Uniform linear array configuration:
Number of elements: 16
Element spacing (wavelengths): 0.25
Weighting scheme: hann
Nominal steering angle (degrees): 0
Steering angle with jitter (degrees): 1.609
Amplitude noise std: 0.05
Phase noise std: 0.05

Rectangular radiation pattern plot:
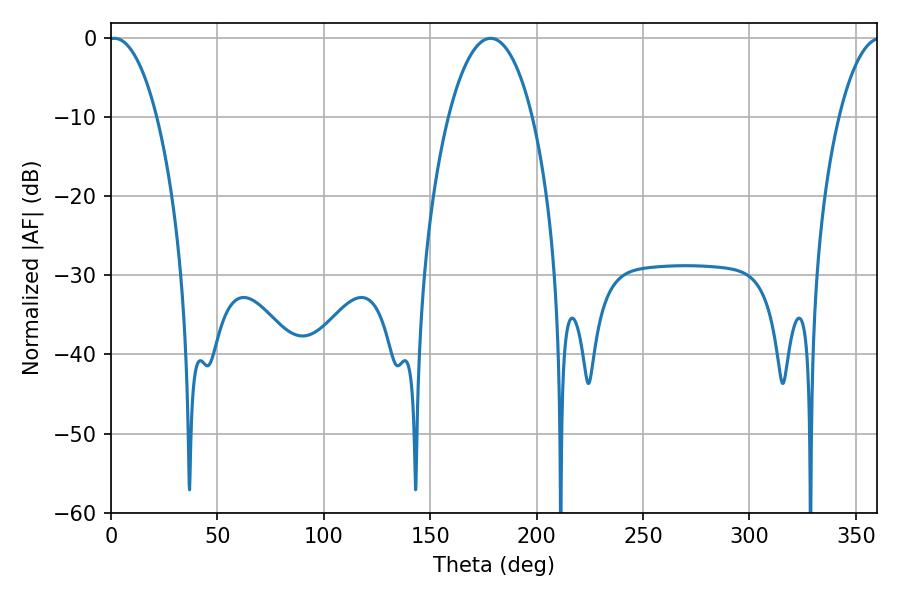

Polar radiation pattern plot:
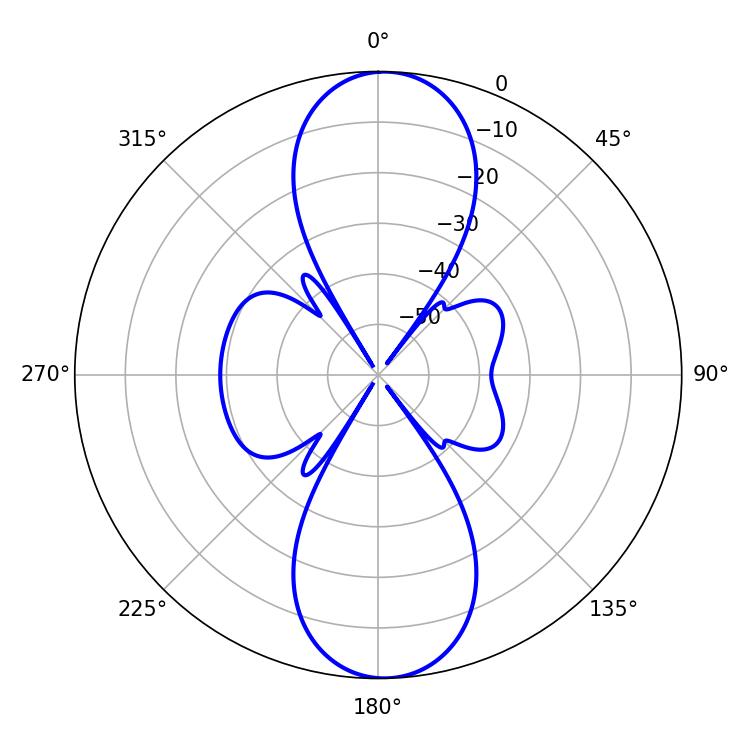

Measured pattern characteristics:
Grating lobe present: FALSE
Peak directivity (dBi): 19.352
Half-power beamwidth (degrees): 12.78
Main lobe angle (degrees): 1.62